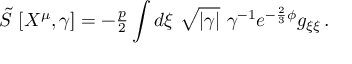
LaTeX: \tilde { S } \ [ X ^ { \mu } , \gamma ] = - { \textstyle \frac { p } { 2 } } \int d \xi \ \sqrt { | \gamma | } \ \gamma ^ { - 1 } e ^ { - \frac { 2 } { 3 } \phi } g _ { \xi \xi } \, .